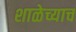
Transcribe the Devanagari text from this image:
शाळेच्याच